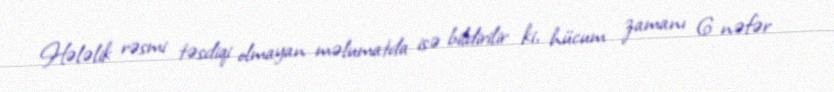
Hələlik rəsmi təsdiqi olmayan məlumatda isə bildirilir ki, hücum zamanı 6 nəfər